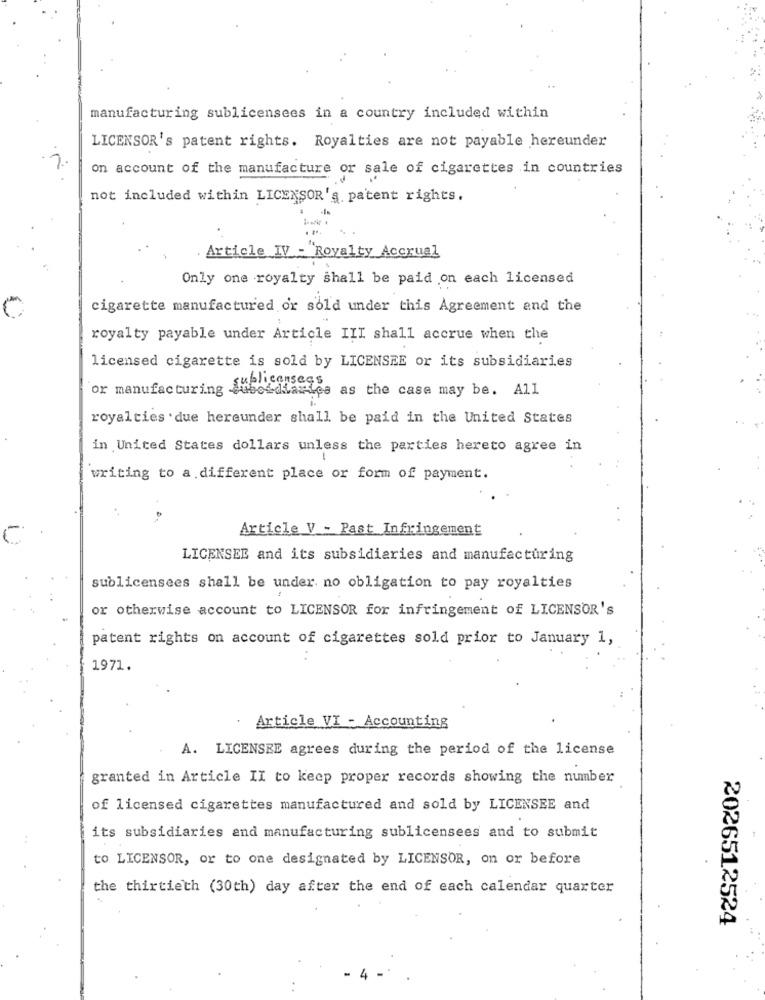
manufacturing sublicensees in a country included within
LICENSOR's patent rights. Royalties are not payable hereunder
on account of the manufacture or sale of cigarettes in countries
not included within LICENSOR's. patent rights.
....
%
Article IV - "Royalty Accrual
Only one royalty shall be paid on each licensed
cigarette manufactured or sol'd under this Agreement and the
royalty payable under Article III shall accrue when the
licensed cigarette is sold by LICENSEE or its subsidiaries
sublicansees
or manufacturing cubosdiaries as the case may be. All
royalties . due hereunder shall be paid in the United States
in United States dollars unless the parties hereto agree in
writing to a different place or form of payment.
Article V - Past Infringement
LICENSEE and its subsidiaries and manufacturing
sublicensees shall be under no obligation to pay royalties
or otherwise account to LICENSOR for infringement of LICENSOR's
patent rights on account of cigarettes sold prior to January 1,
1971.
Article VI - Accounting
A. LICENSEE agrees during the period of the license
granted in Article II to keep proper records showing the number
of licensed cigarettes manufactured and sold by LICENSEE and
its subsidiaries and manufacturing sublicensees and to submit
to LICENSOR, or to one designated by LICENSOR, on or before
the thirtieth (30th) day after the end of each calendar quarter
2026512524